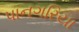
પાનગરિયા